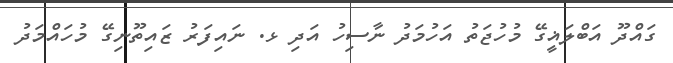
ގައްދޫ އަބްލަޣީގޭ މުހުޖަތު އަހުމަދު ނާސިހު އަދި ޅ. ނައިފަރު ޒައިތޫނިގޭ މުހައްމަދު